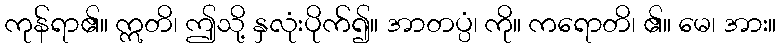
ကုန်ရာ၏။ ဣတိ၊ ဤသို့ နှလုံးပိုက်၍။ အာတပ္ပံ၊ ကို။ ကရောတိ၊ ၏။ မေ၊ အား။